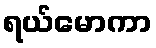
ရယ်မောကာ